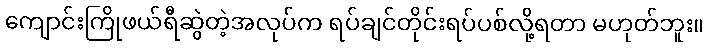
ကျောင်းကြိုဖယ်ရီဆွဲတဲ့အလုပ်က ရပ်ချင်တိုင်းရပ်ပစ်လို့ရတာ မဟုတ်ဘူး။